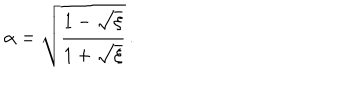
LaTeX: \alpha = \sqrt { \frac { 1 - \sqrt { \xi } } { 1 + \sqrt { \xi } } } \, .